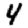
Digit: 4